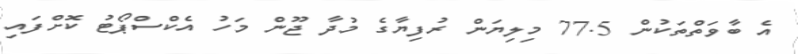
އެ ބާވަތްތަކުން 77.5 މިލިޔަން ރުފިޔާގެ މުދާ ޖޫން މަހު އެކްސްޕޯޓު ކޮށްފައި